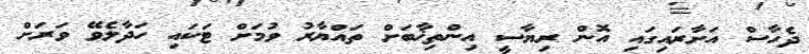
ދެހާސް އަށާރައިގައި އޮން ރިޔާސީ އިންތިޚާބަށް ތައްޔާރު ވުމަށް ޓަކައި ހަދާލެވޭ ވަރަށް